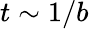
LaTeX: t\sim 1/b